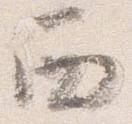
西